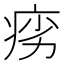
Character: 𬏩